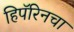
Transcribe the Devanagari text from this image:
हिपॅरिनचा